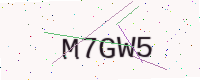
Text: M7GW5